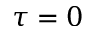
\tau = 0